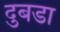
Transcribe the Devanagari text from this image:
दुबडा